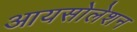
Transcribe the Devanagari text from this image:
आयसोलेशन